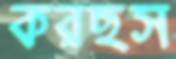
করছস